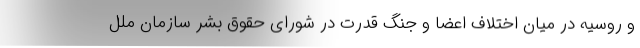
و روسیه در میان اختلاف اعضا و جنگ قدرت در شورای حقوق بشر سازمان ملل